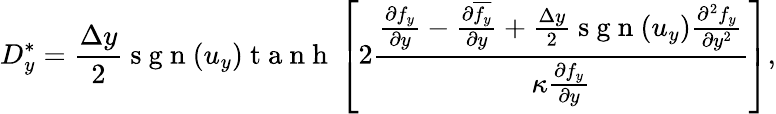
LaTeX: D_{y}^{\ast}=\frac{\Delta y}{2}\mathrm{~s~g~n~}(u_{y})\mathrm{~t~a~n~h~}\left[2\frac{\frac{\partial f_{y}}{\partial y}-\frac{\partial\overline{{f_{y}}}}{\partial y}+\frac{\Delta y}{2}\mathrm{~s~g~n~}(u_{y})\frac{\partial^{2}f_{y}}{\partial y^{2}}}{\kappa\frac{\partial{f_{y}}}{\partial y}}\right],